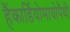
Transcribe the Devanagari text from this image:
हैंकार्डियोमायोपैथी